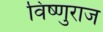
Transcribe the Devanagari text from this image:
विष्णुराज